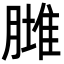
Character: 𦟿